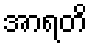
အာရတိ